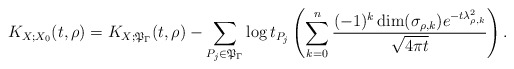
\begin{align*}K_{X;X_0}(t,\rho)=K_{X;\mathfrak{P}_{\Gamma}}(t,\rho)-\sum_{P_j\in\mathfrak{P}_{\Gamma}}\log{t_{P_j}}\left(\sum_{k=0}^{n}\frac{(-1)^k\dim(\sigma_{\rho,k})e^{-t\lambda_{\rho,k}^2}}{\sqrt{4\pi t}}\right).\end{align*}